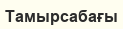
Тамырсабағы